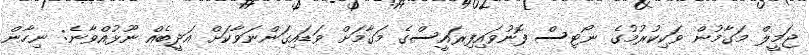
ޖަމީލް މަގާމުން ވަކިކުރުމުގެ ނޯޓިސް ފޮނުވައިފިރައީސްގެ މަގާމަށް ވަޑައިގަންނަވާކަށް އަދީބެއް ނޫޅުއްވާނެ: ނިހާން